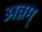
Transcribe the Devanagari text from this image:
अन्नम्